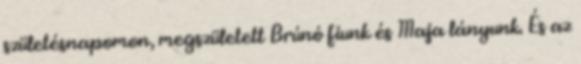
születésnapomon, megszületett Brúnó fiunk és Maja lányunk. És az